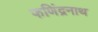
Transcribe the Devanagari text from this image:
फणिंद्रनाथ